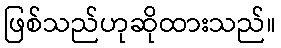
ဖြစ်သည်ဟုဆိုထားသည်။